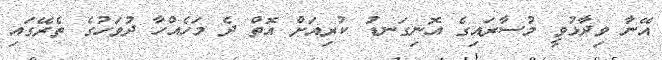
އޭނާ ވިދާޅުވީ މުސާރައިގެ އޮނިގަނޑު ކުރިއަށް އޮތް ދެ މަހެއްހާ ދުވަހުގެ ތެރޭގައި